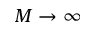
M \to \infty